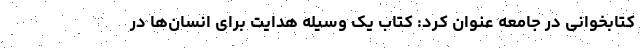
کتابخوانی در جامعه عنوان کرد: کتاب یک وسیله هدایت برای انسان‌ها در